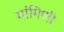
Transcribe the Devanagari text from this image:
मांगिणी